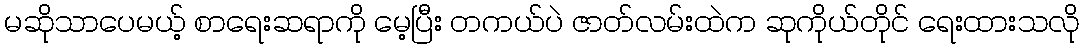
မဆိုသာပေမယ့် စာရေးဆရာကို မေ့ပြီး တကယ်ပဲ ဇာတ်လမ်းထဲက ဆုကိုယ်တိုင် ရေးထားသလို